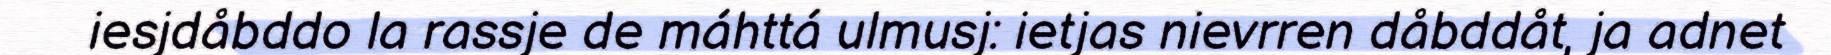
iesjdåbddo la rassje de máhttá ulmusj: ietjas nievrren dåbddåt, ja adnet